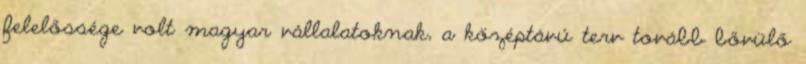
felelőssége volt magyar vállalatoknak, a középtávú terv tovább bővülő